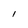
Character: 1